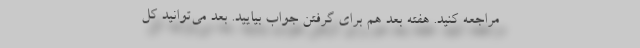
مراجعه کنید. هفته بعد هم برای گرفتن جواب بیایید. بعد می‌توانید کل